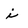
Character: i